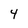
Character: 4